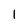
Character: l